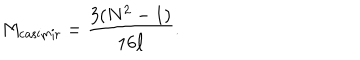
M _ { \mathrm { c a s i m i r } } = { \frac { 3 ( N ^ { 2 } - 1 ) } { 1 6 \ell } } .